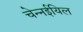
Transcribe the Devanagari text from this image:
चेन्नईयिल